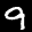
Label: 9